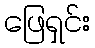
ဖြေရှင်း